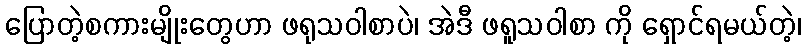
ပြောတဲ့စကားမျိုးတွေဟာ ဖရုသဝါစာပဲ၊ အဲဒီ ဖရူသဝါစာ ကို ရှောင်ရမယ်တဲ့၊